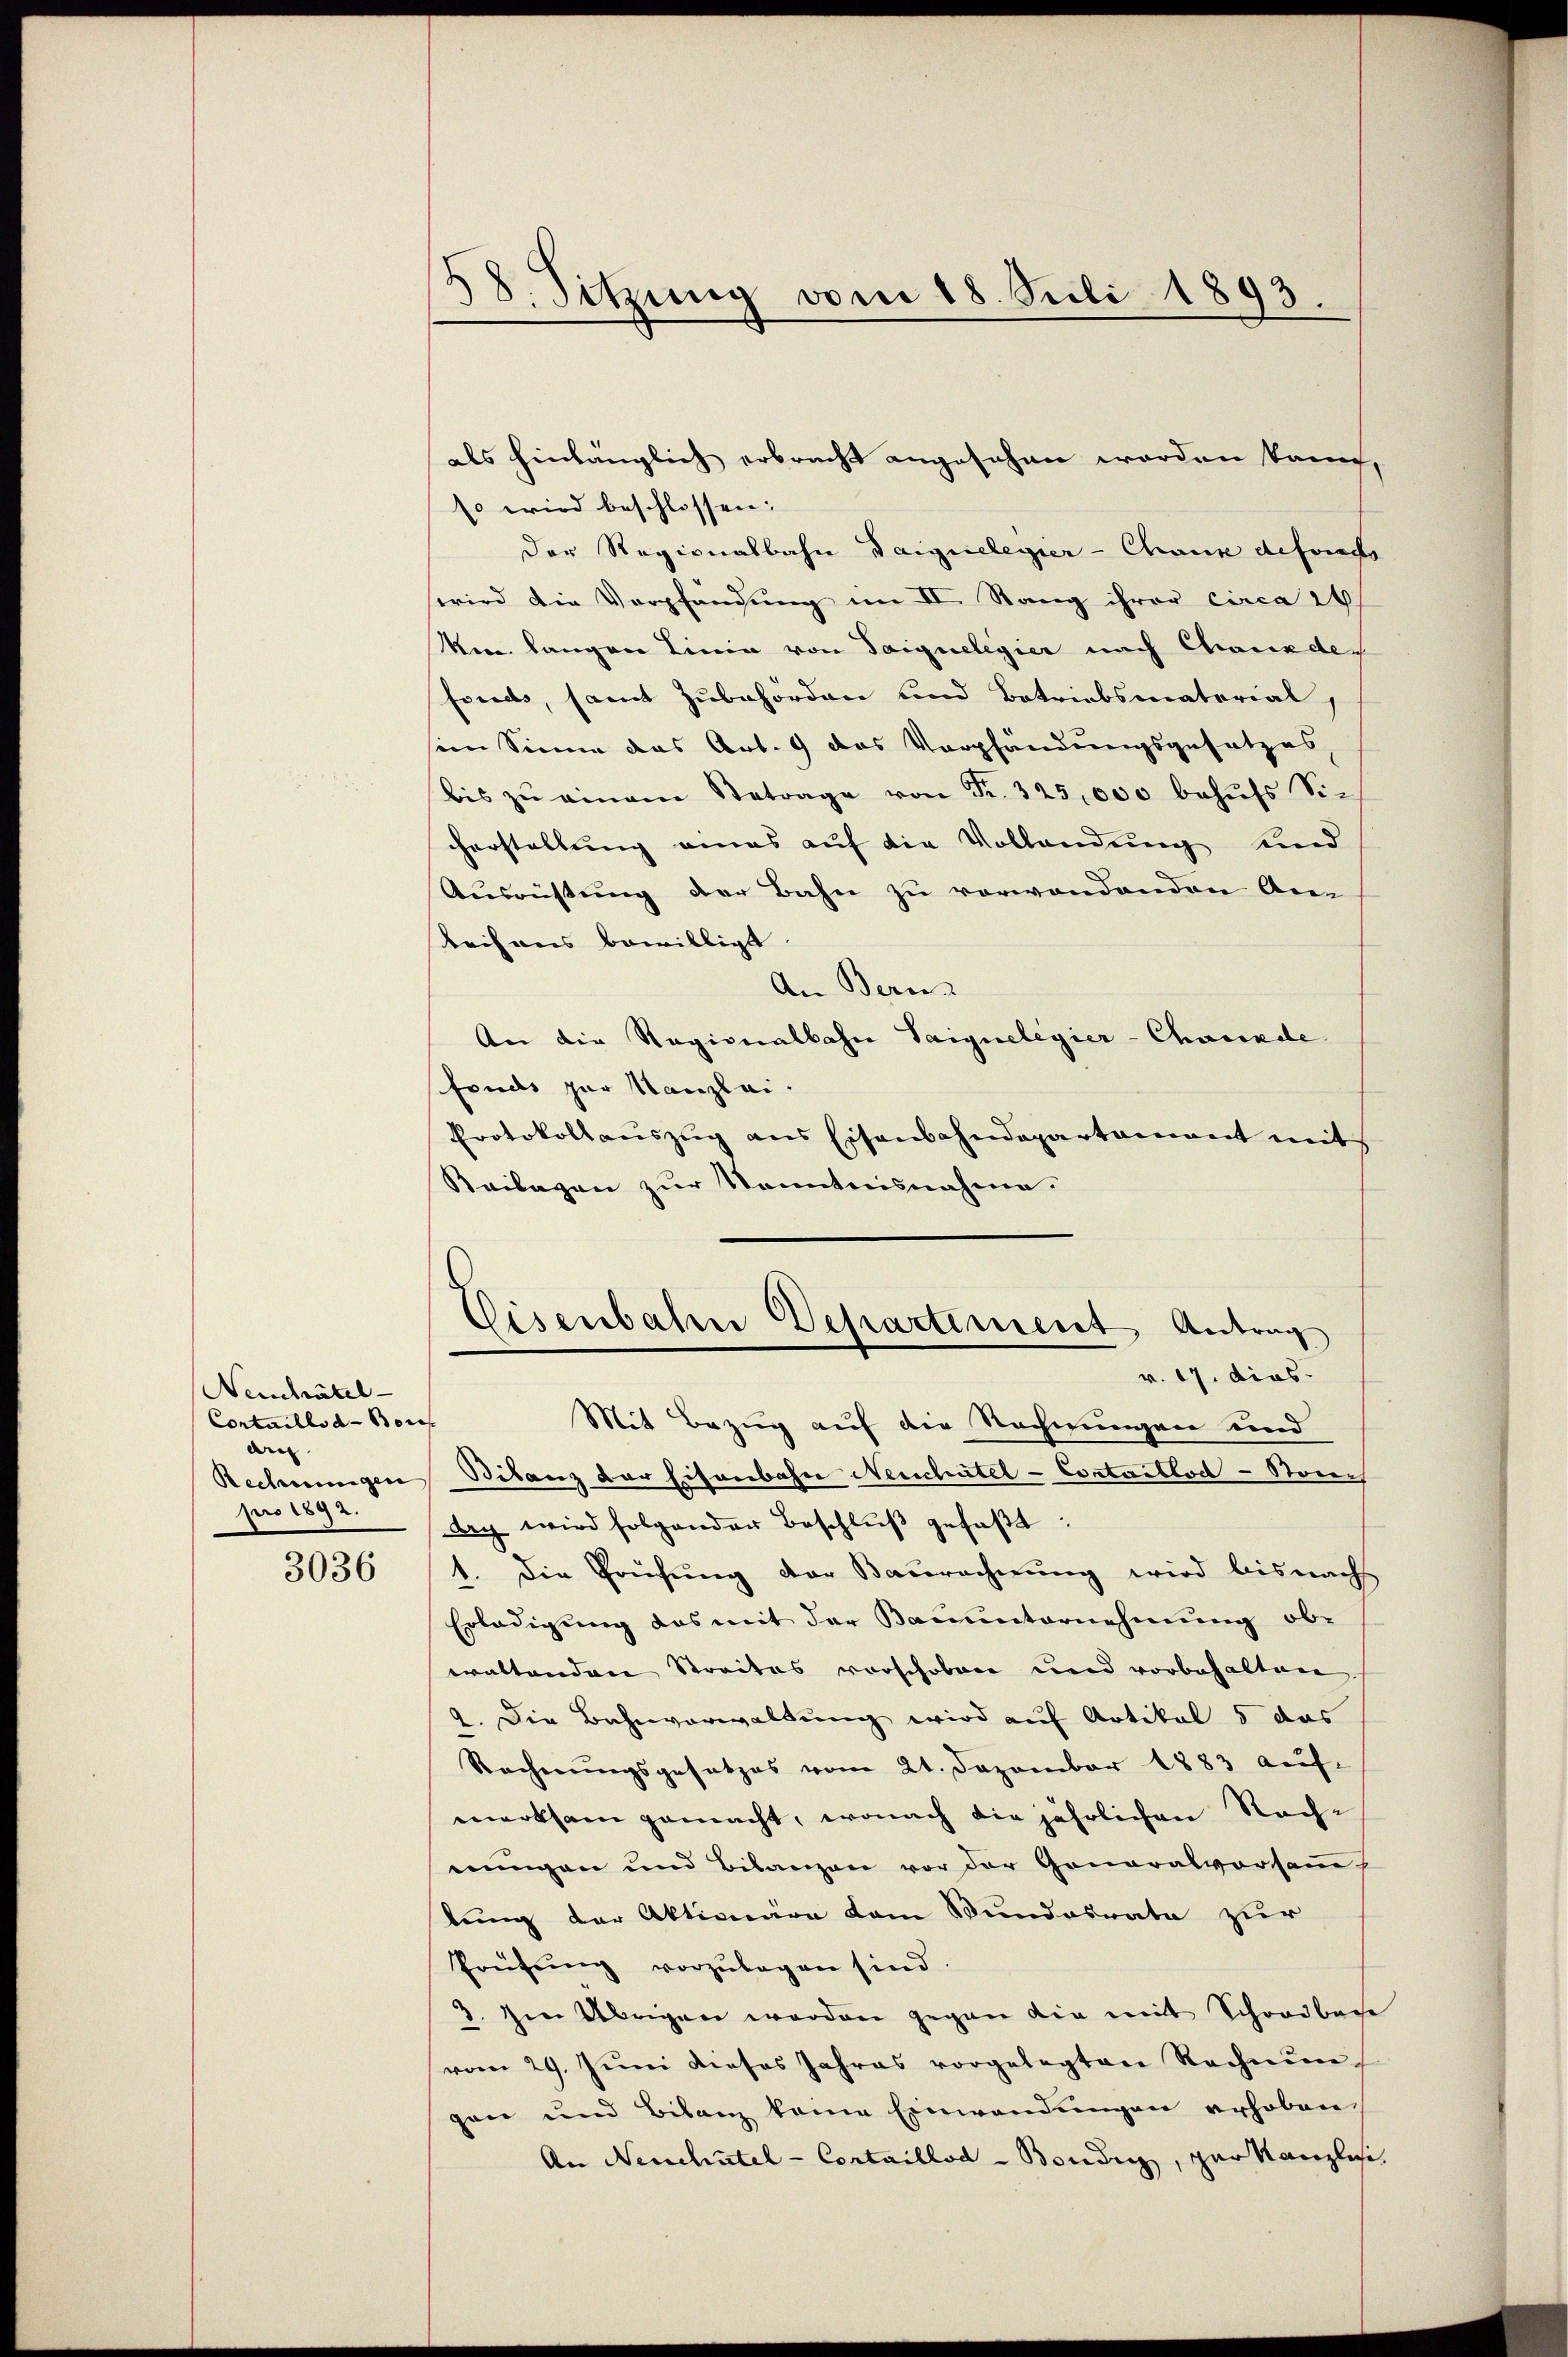
Neuchatel
Cortaillo d-Bors
d
pro 1892.

3036

138. Sitzung vom 18. Juli 1893.

so wird beschlossen:
Der Regionalbahn Daiguelegier-Chaux deferach
wird die Verpfändung im II. Rang ihrer circa 24
Min. langen Linie von Saiguelegier nach Chauxde
frieds, samt Zubehörden und Betriebsmaterial,
sein Sinne das Art. 9 das Verpfändungsgesetzes
bis zŭ einem Betrage von Fr. 325,000 behŭfs Sie
herstellung eines auf die Vollendung und
Ausrüstung der Bahn zu verwandenden Anbeihaus bewilligt
An Bern
An die Stagionalbahn Saignelegier-Chwunde
fonds zur Kanzlei.
Protokollauszug aus Eisenbahndepartament mit
Reilagen zur Kenntnisnahme.
Mit Bezug auf die Rechnungen und
Rechnungen Bilanz der Eisenbahn Neuchatel - Contaillod -Stouch
aag wird folgender Beschlŭβ gefaβt:
1. Die Prüfung der Baurechnung wird bis nach
Erledigung das mit der Bauunternehmung obwaltenden Straites vorschoben und vorbehalten.
2. Die Bahnverwaltung wird auf Artikel 5 das
Rechnŭngsgesetzes vom 21. Dezember 1883 aŭf-
merksam gemacht, wonach die jährlichen Rach-
nungen und Bilanzen vor der Generalvorsamm
lung der Aktionare dem Bundesrate zur
Prüfŭng vorzŭlegen sind.
3. Im Übrigen worden gegen die mit Schreibache
vom 29. Jŭni dieses Jahres vorgelegten Rechnŭn
gen und Bilanz keine Einwendungen erhoben
An Neuchatel - Cortaillod-Bondi, par Kanzlichi

als hinlänglich erbracht angesehen worden kann,

Eisenbahn Departement Antrag
v. 17. dies